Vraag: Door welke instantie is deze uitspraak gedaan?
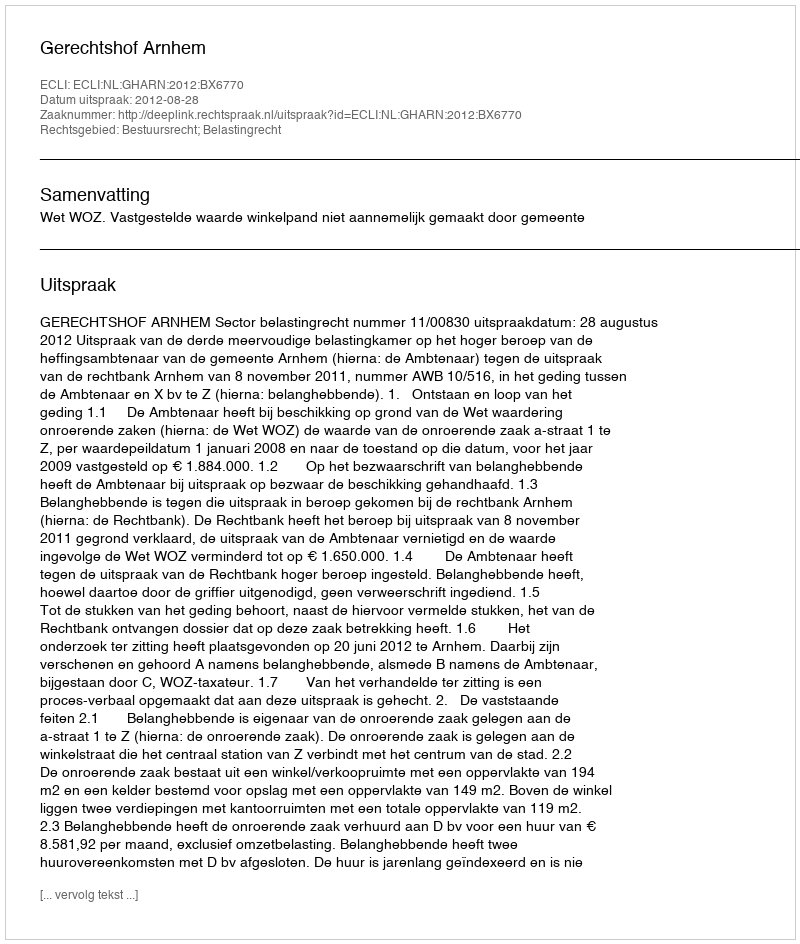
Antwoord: Gerechtshof Arnhem